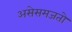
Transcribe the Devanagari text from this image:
असेसमजतो